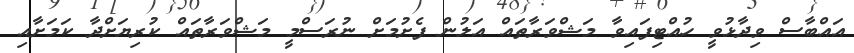
އައްބާސް ވިދާޅުވީ ހުއްޓިފައިވާ މަޝްވަރާތައް އަލުން ފެށުމަށް ނުރަސްމީ މަޝްވަރާތައް ކުރިޔަށްދާ ކަމަށާއި